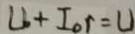
U _ { o } + I _ { o } r = U